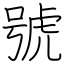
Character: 號